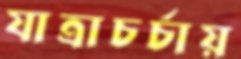
যাত্রাচর্চায়